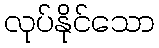
လုပ်နိုင်သော